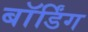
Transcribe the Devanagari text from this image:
बाॅर्डिंग